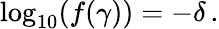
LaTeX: \log_{10}(f(\gamma))=-\delta\, .